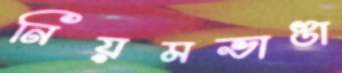
নিয়মভাঙা